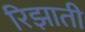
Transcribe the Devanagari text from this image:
रिझाती